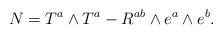
LaTeX: \begin{align*}N=T^a\wedge T^a-R^{ab}\wedge e^a\wedge e^b.\end{align*}